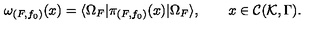
\omega _ { ( F , f _ { 0 } ) } ( x ) = \langle \Omega _ { F } | \pi _ { ( F , f _ { 0 } ) } ( x ) | \Omega _ { F } \rangle , \qquad x \in { \cal C } ( { \cal K } , \Gamma ) .